Elephants and their diseases
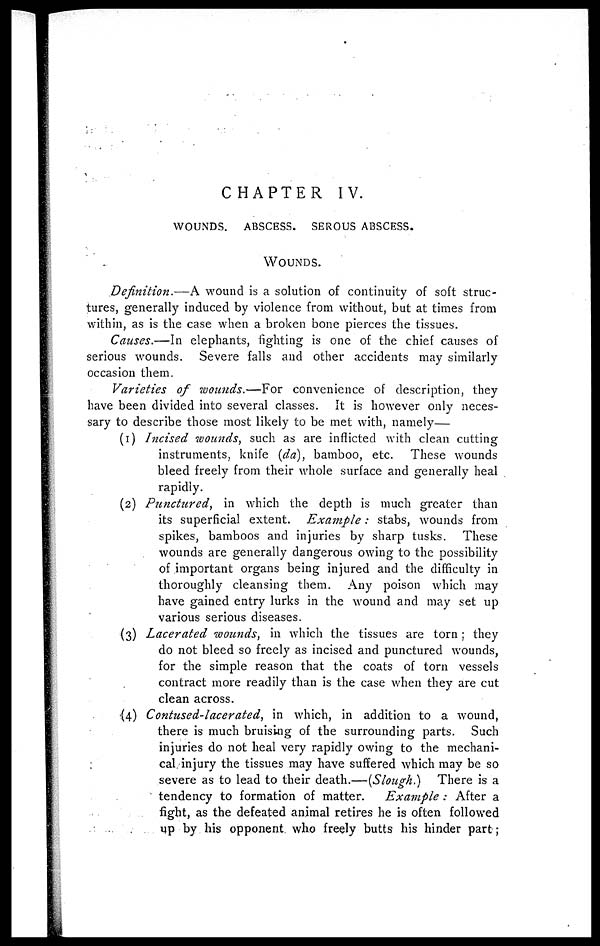
CHAPTER IV.
WOUNDS. ABSCESS. SEROUS ABSCESS.
WOUNDS.
Definition.—A wound is a solution of continuity of soft struc-
tures, generally induced by violence from without, but at times from
within, as is the case when a broken bone pierces the tissues.
Causes.—In elephants, lighting is one of the chief causes of
serious wounds. Severe falls and other accidents may similarly
occasion them.
Varieties of wounds.—For convenience of description, they
have been divided into several classes. It is however only neces-
sary to describe those most likely to be met with, namely—
(i) Incised wounds, such as are inflicted with clean cutting
instruments, knife (da), bamboo, etc. These wounds
bleed freely from their whole surface and generally heal
rapidly.
(2) Punctured,
in which the depth is much greater than
its superficial extent. Example:
stabs, wounds from
spikes, bamboos and injuries by sharp tusks. These
wounds are generally dangerous owing to the possibility
of important organs being injured and the difficulty in
thoroughly cleansing them. Any poison which may
have gained entry lurks in the wound and may set up
various serious diseases.
(3) Lacerated wounds, in which the tissues are torn; they
do not bleed so freely as incised and punctured wounds,
for the simple reason that the coats of torn vessels
contract more readily than is the case when they are cut
clean across.
(4) Contused-lacerated,
in which, in addition to a wound,
there is much bruising of the surrounding parts. Such
injuries do not heal very rapidly owing to the mechani-
cal, injury the tissues may have suffered which may be so
severe as to lead to their death.—(Slough.) There is a
tendency to formation of matter.
Example:
After a
fight, as the defeated animal retires he is often followed
up by his opponent who freely butts his hinder part;